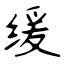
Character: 缓